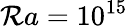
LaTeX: \mathcal{R}a=10^{15}